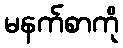
မနက်စာကို